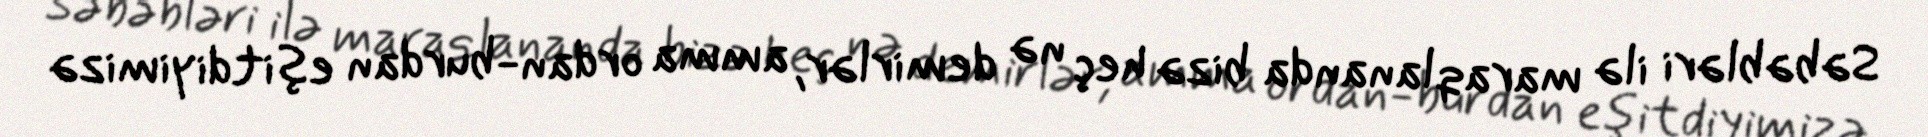
Səbəbləri ilə maraqlananda bizə heç nə demirlər, amma ordan-burdan eşitdiyimizə